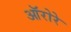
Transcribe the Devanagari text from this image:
ऑरोरे